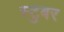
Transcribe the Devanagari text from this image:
स्टुबर